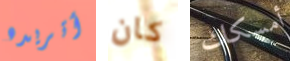
أتريده كان أمسكك